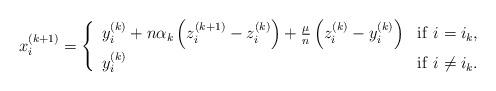
LaTeX: \begin{align*} x^{(k+1)}_i = \left\{\begin{array}{ll} y^{(k)}_i + n \alpha_k \left( z^{(k+1)}_i - z^{(k)}_i\right) + \frac{\mu}{n} \left( z^{(k)}_i-y^{(k)}_i \right) & \mathrm{if}~i=i_k, \\ [5pt] y^{(k)}_i & \mathrm{if}~i\neq i_k. \end{array} \right.\end{align*}